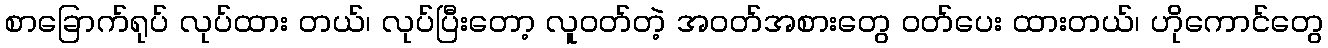
စာခြောက်ရုပ် လုပ်ထား တယ်၊ လုပ်ပြီးတော့ လူဝတ်တဲ့ အဝတ်အစားတွေ ဝတ်ပေး ထားတယ်၊ ဟိုကောင်တွေ